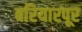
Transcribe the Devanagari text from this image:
बरियारपूर